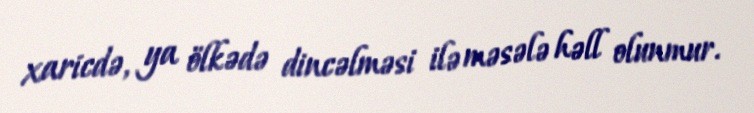
xaricdə, ya ölkədə dincəlməsi ilə məsələ həll olunmur.